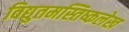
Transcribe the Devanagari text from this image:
विद्युतमस्तिष्कलेख